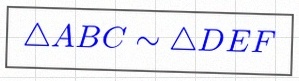
\triangle ABC\sim\triangle DEF